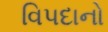
વિપદાનો